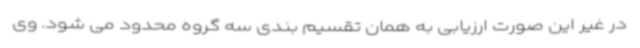
در غیر این صورت ارزیابی به همان تقسیم بندی سه گروه محدود می شود. وی